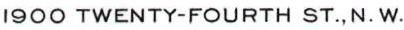
19OO TWENTY-FOURTH ST.,N.W.